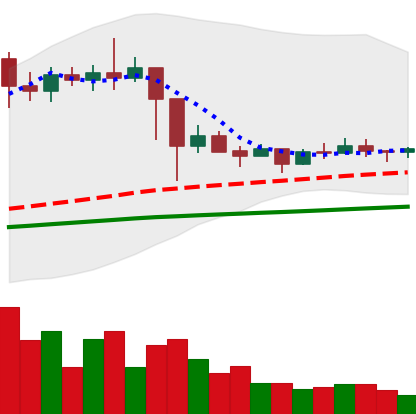
Ticker: ETC-USD
Chart end date: 2021-03-06
Forward return: 9.775%
Label: up_7plus